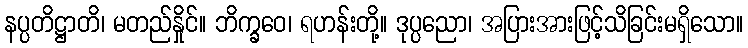
နပ္ပတိဋ္ဌာတိ၊ မတည်နှိုင်။ ဘိက္ခဝေ၊ ရဟန်းတို့။ ဒုပ္ပညော၊ အပြားအားဖြင့်သိခြင်းမရှိသော။